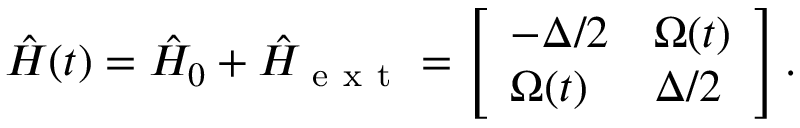
\hat { H } ( t ) = \hat { H } _ { 0 } + \hat { H } _ { \mathrm { ~ e ~ x ~ t ~ } } = \left[ \begin{array} { l l } { - \Delta / 2 } & { \Omega ( t ) } \\ { \Omega ( t ) } & { \Delta / 2 } \end{array} \right] .